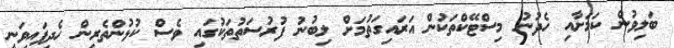
ބަލިވުން ކަމަށާއި ހެދުނު މިސްޓޭކްތަކުން އަރައިގަތުމަށް ލިބުނު ފުރުސަތުތަކުގައި ވެސް ކުޅުންތެރިން ހެދިފައިވަނީ